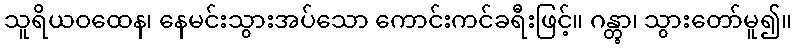
သူရိယဝထေန၊ နေမင်းသွားအပ်သော ကောင်းကင်ခရီးဖြင့်။ ဂန္တွာ၊ သွားတော်မူ၍။